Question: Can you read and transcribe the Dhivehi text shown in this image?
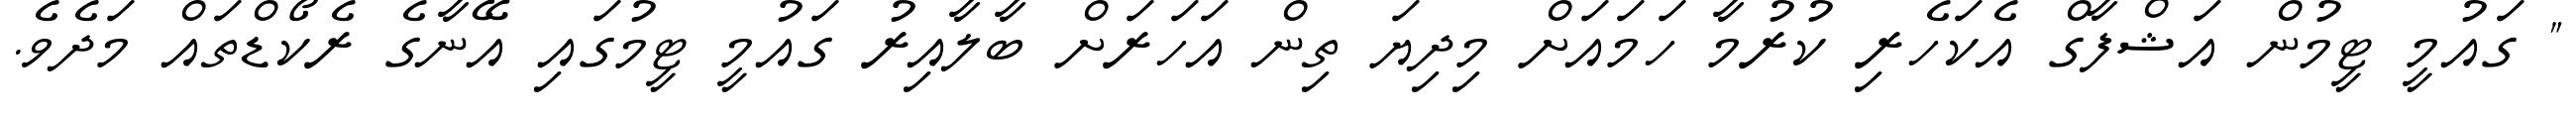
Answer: " ގައުމީ ޓީމުން އަޝްފާގް އެކަހެރި ކުރުމާ ހަމައަށް މިދިޔަ ތިން އަހަރަށް ބާލާއިރު ގައުމީ ޓީމުގައި އޭނާގެ ރެކޯޑްތައް މަދެވެ.